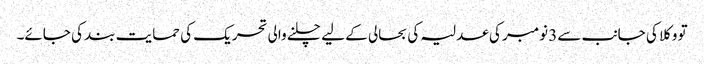
تو وکلا کی جانب سے3 نومبر کی عدلیہ کی بحالی کے لیے چلنے والی تحریک کی حمایت بند کی جائے۔